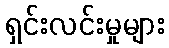
ရှင်းလင်းမှုများ